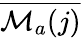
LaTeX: \overline{{{\cal M}_{a}(j)}}